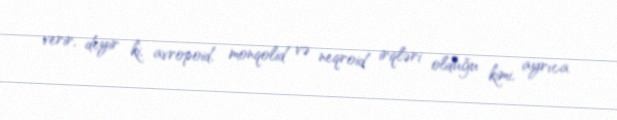
verir, deyir ki, avropoid, monqolid və neqroid irqləri olduğu kimi, ayrıca